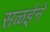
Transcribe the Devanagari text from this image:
सळईने